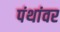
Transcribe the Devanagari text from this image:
पंथांवर